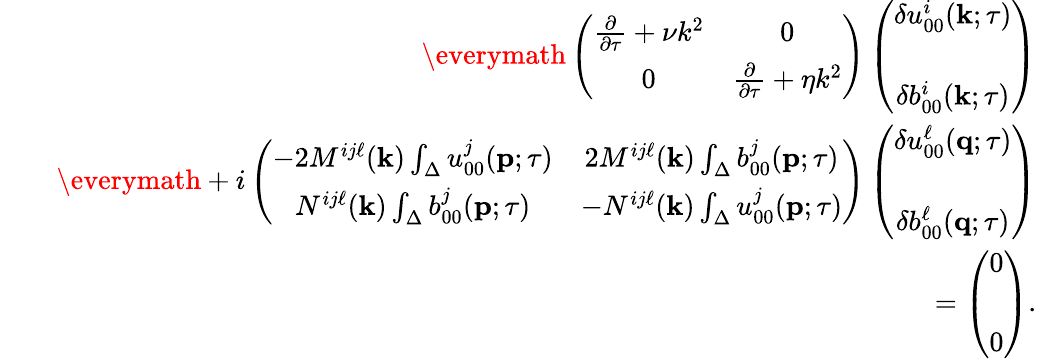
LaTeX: \begin{array}{rlr}&{}&{{\everymath{\displaystyle}\left({\begin{array}{cc}{\frac{\partial}{\partial\tau}+\nu k^{2}}&{0}\\ {0}&{\frac{\partial}{\partial\tau}+\eta k^{2}}\end{array}}\right)}\left({\begin{array}{cc}{\delta u_{00}^{i}({\mathbf{k}};\tau)}\\ {\delta b_{00}^{i}({\mathbf{k}};\tau)\rule{0ex}{5ex}}\end{array}}\right)}\\ &{}&{{\everymath{\displaystyle}+i\left({\begin{array}{cc}{-2M^{ij\ell}({\mathbf{k}})\int_{\Delta}u_{00}^{j}({\mathbf{p}};\tau)}&{2M^{ij\ell}({\mathbf{k}})\int_{\Delta}b_{00}^{j}({\mathbf{p}};\tau)}\\ {N^{ij\ell}({\mathbf{k}})\int_{\Delta}b_{00}^{j}({\mathbf{p}};\tau)}&{-N^{ij\ell}({\mathbf{k}})\int_{\Delta}u_{00}^{j}({\mathbf{p}};\tau)}\end{array}}\right)\left({\begin{array}{c}{\delta u_{00}^{\ell}({\mathbf{q}};\tau)}\\ {\delta b_{00}^{\ell}({\mathbf{q}};\tau)\rule{0ex}{5ex}}\end{array}}\right)}}\\ &{}&{=\left({\begin{array}{c}{0}\\ {0\rule{0ex}{5ex}}\end{array}}\right).}\end{array}